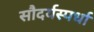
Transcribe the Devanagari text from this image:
सौदर्यस्पर्धा